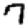
Digit: 7